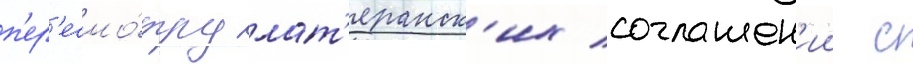
п'ер'есмо́тру лат'еранск'их соглашен'ии с